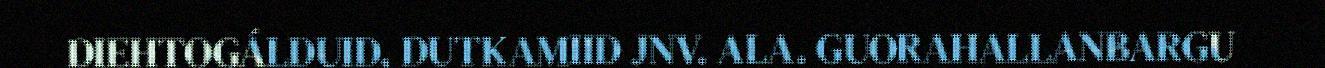
DIEHTOGÁLDUID, DUTKAMIID JNV. ALA. GUORAHALLANBARGU